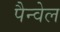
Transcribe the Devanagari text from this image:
पैन्वेल